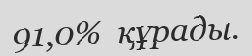
91,0%  құрады.